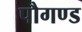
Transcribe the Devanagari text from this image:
पौगण्ड